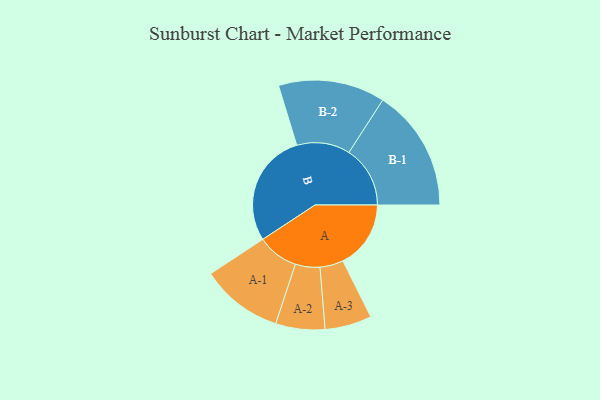
{"axis": {"x": "Segment", "y": "Value"}, "legend": ["", "A", "B"], "data": [{"x": "A", "y": 293, "type": ""}, {"x": "B", "y": 491, "type": ""}, {"x": "A-1", "y": 177, "type": "A"}, {"x": "A-2", "y": 106, "type": "A"}, {"x": "A-3", "y": 101, "type": "A"}, {"x": "B-1", "y": 264, "type": "B"}, {"x": "B-2", "y": 230, "type": "B"}]}